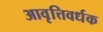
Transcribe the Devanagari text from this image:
आवृत्तिवर्धक